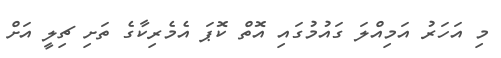
މި އަހަރު އަމިއްލަ ގައުމުގައި އޮތް ކޮޕަ އެމެރިކާގެ ތަށި ޗިލީ އަށް